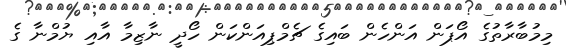
މިމުބާރާތުގެ އޯޕަން އަންހެން ބައިގެ ޗެމްޕިއަންކަން ހޯދީ ނާޒިމާ އާއި ޔުމްނާ ގެ